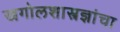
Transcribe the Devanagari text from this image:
खगोलशास्त्रज्ञांचा